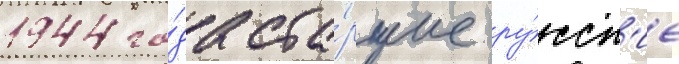
1944 го́да ста́ршие ру́сск'ие